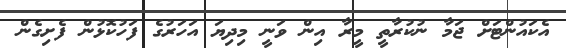
އެކައުންޓަށް ޖަމާ ނުކުރާތީ މީރާ އިން ވަނީ މިދިޔަ އަހަރުގެ ފަހުކޮޅުން ފެށިގެން